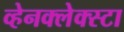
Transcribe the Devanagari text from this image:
व्हेनक्लेक्स्टा